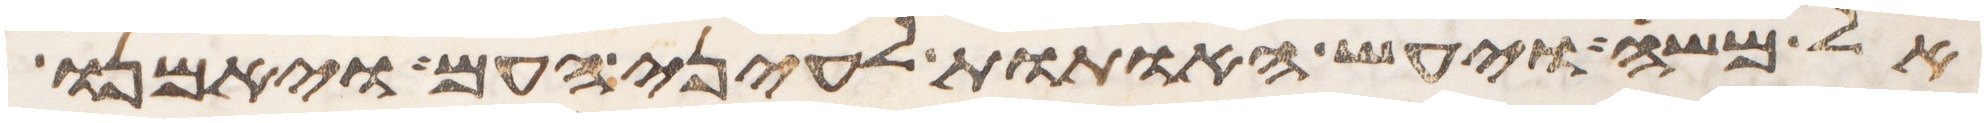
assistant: אל משה ויעש האתות לעיני העם ויאמנו